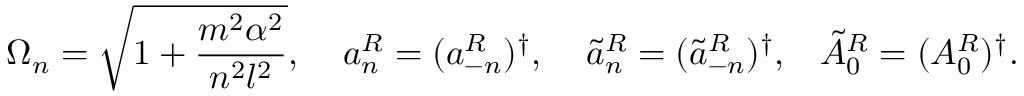
\Omega _ { n } = \sqrt { 1 + \frac { m ^ { 2 } \alpha ^ { 2 } } { n ^ { 2 } l ^ { 2 } } } , \; \; \; \; a _ { n } ^ { R } = ( a _ { - n } ^ { R } ) ^ { \dag } , \; \; \; \; \tilde { a } _ { n } ^ { R } = ( \tilde { a } _ { - n } ^ { R } ) ^ { \dag } , \; \; \; \tilde { A } _ { 0 } ^ { R } = ( A _ { 0 } ^ { R } ) ^ { \dag } .